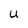
Character: U